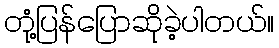
တုံ့ပြန်ပြောဆိုခဲ့ပါတယ်။